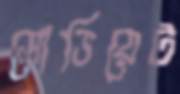
সোভিয়েট